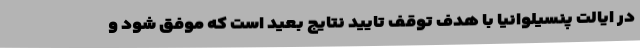
در ایالت پنسیلوانیا با هدف توقف تایید نتایج بعید است که موفق شود و